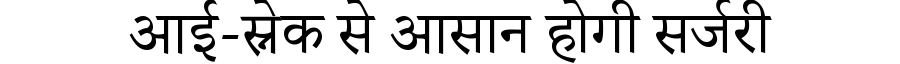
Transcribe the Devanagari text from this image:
आई-स्नेक से आसान होगी सर्जरी